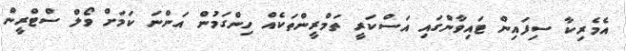
އެމެރިކާ ސިފައިން ޓައިވާންގައި އަސްކަރީ ތަމްރީންތަކެއް ހިންގަމުން އަންނަ ކަމަށް ވޯލް ސްޓްރީން